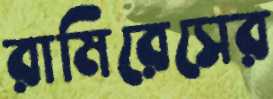
রামিরেসের